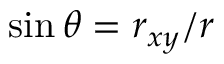
\sin { \theta } = r _ { x y } / r